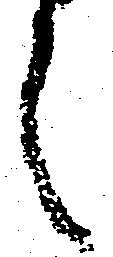
之